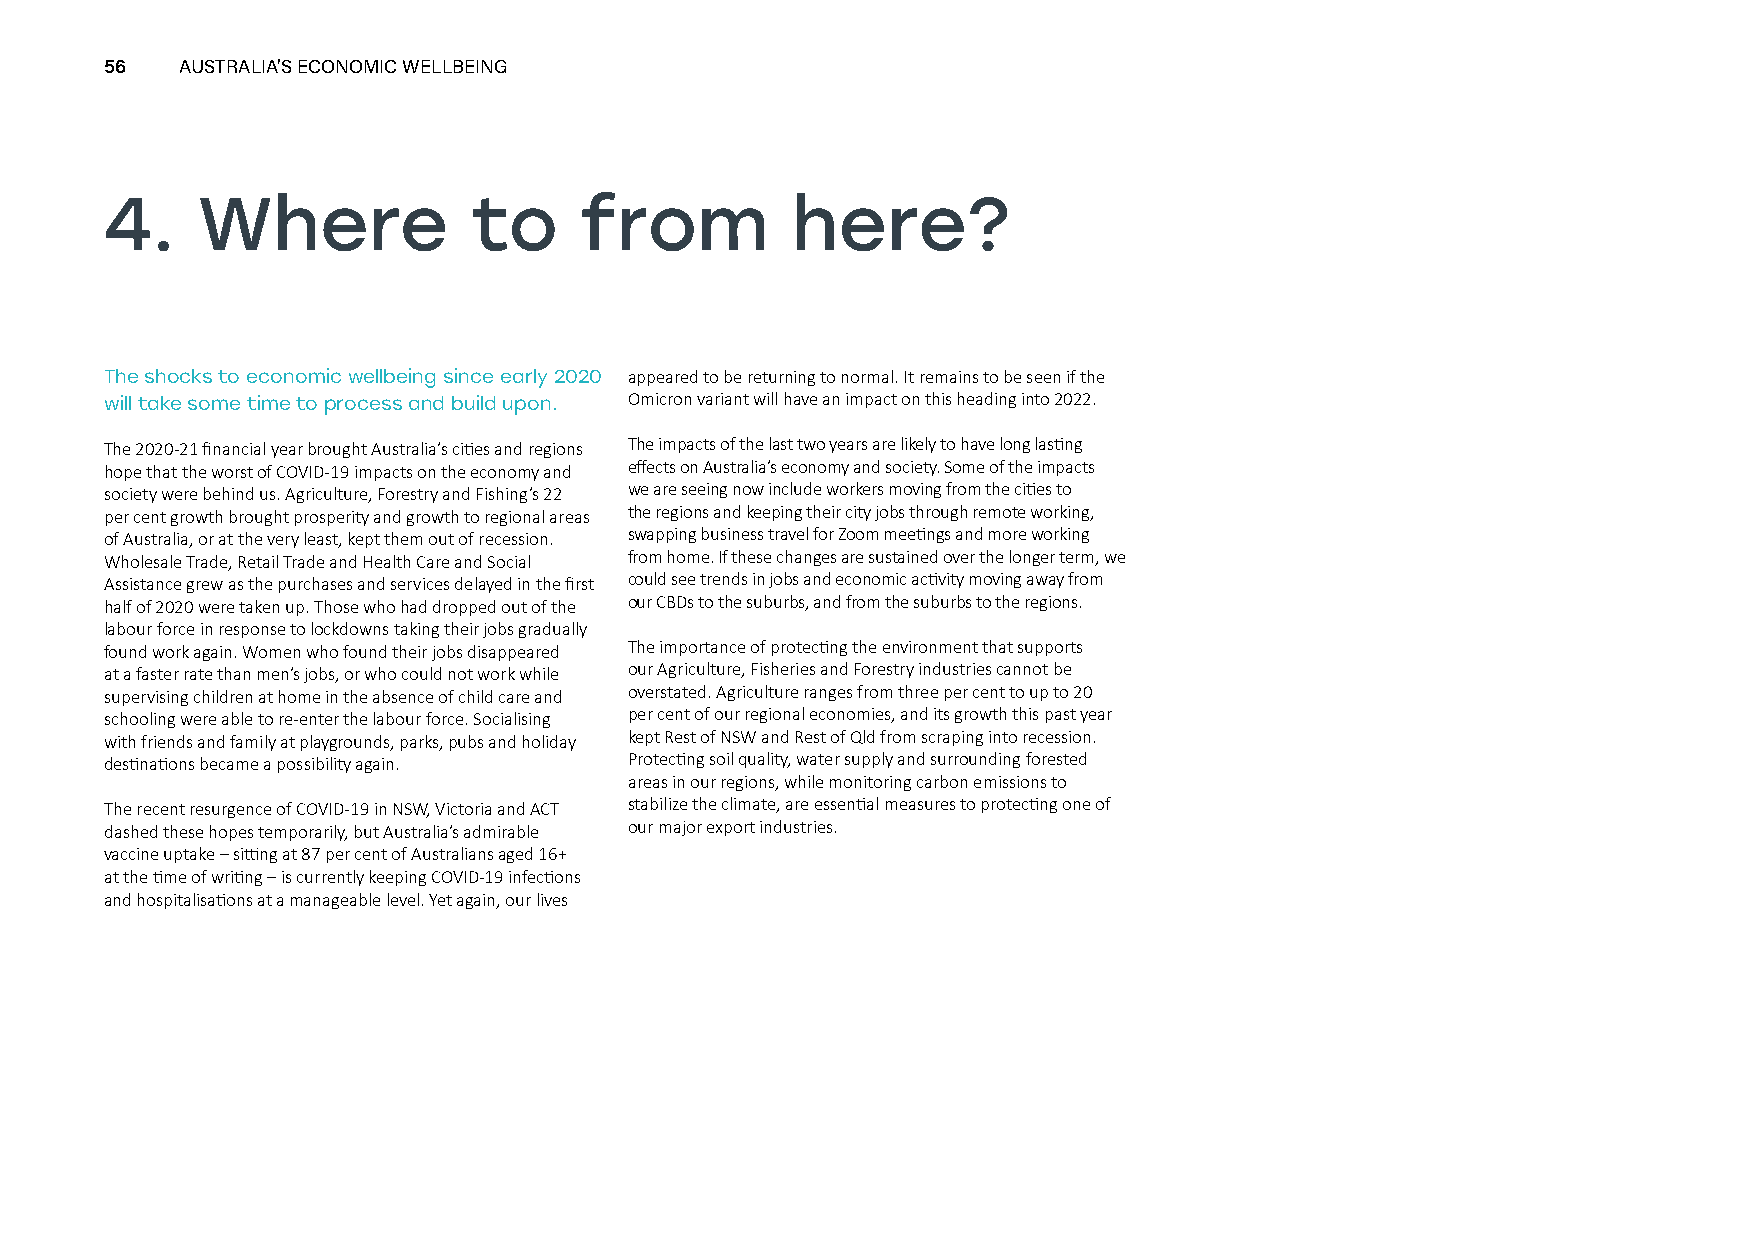
56   AUSTRALIA’S ECONOMIC WELLBEING
 4.    Where             to     from          here?
 The shocks to economic wellbeing since early 2020 appeared to be returning to normal. It remains to be seen if the
 will take some time to process and build upon. Omicron variant will have an impact on this heading into 2022.
 The 2020-21 financial year brought Australia’s cities and regions The impacts of the last two years are likely to have long lasting
 hope that the worst of COVID-19 impacts on the economy and effects on Australia’s economy and society. Some of the impacts
 society were behind us. Agriculture, Forestry and Fishing’s 22 we are seeing now include workers moving from the cities to
 per cent growth brought prosperity and growth to regional areas the regions and keeping their city jobs through remote working,
 of Australia, or at the very least, kept them out of recession. swapping business travel for Zoom meetings and more working
 Wholesale Trade, Retail Trade and Health Care and Social from home. If these changes are sustained over the longer term, we
 Assistance grew as the purchases and services delayed in the first could see trends in jobs and economic activity moving away from
 half of 2020 were taken up. Those who had dropped out of the our CBDs to the suburbs, and from the suburbs to the regions.
 labour force in response to lockdowns taking their jobs gradually
 found work again. Women who found their jobs disappeared The importance of protecting the environment that supports
 at a faster rate than men’s jobs, or who could not work while our Agriculture, Fisheries and Forestry industries cannot be
 supervising children at home in the absence of child care and overstated. Agriculture ranges from three per cent to up to 20
 schooling were able to re-enter the labour force. Socialising per cent of our regional economies, and its growth this past year
 with friends and family at playgrounds, parks, pubs and holiday kept Rest of NSW and Rest of Qld from scraping into recession.
 destinations became a possibility again. Protecting soil quality, water supply and surrounding forested
 areas in our regions, while monitoring carbon emissions to
 The recent resurgence of COVID-19 in NSW, Victoria and ACT stabilize the climate, are essential measures to protecting one of
 dashed these hopes temporarily, but Australia’s admirable our major export industries.
 vaccine uptake – sitting at 87 per cent of Australians aged 16+
 at the time of writing – is currently keeping COVID-19 infections
 and hospitalisations at a manageable level. Yet again, our lives